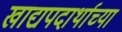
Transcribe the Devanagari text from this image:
खाद्यपदार्थाच्या